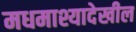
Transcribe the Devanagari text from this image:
मधमाश्यादेखील